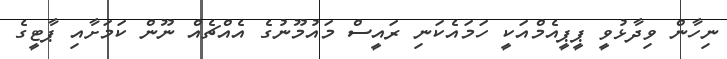
ނިހާން ވިދާޅުވީ ޕީޕީއެމްއަކީ ހަމައެކަނި ރައީސް މައުމޫނުގެ އެއްޗެއް ނޫން ކަމަށާއި ޕާޓީގެ